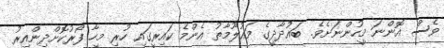
ވެސް އޮންނަ މީހުންނަށެވެ. ބަޣުދާދީގެ މައުލޫމާތު އެންމެ ކައިރީގައި ހުރި މީހާ ފޯރުކޮށްދިންއިރު